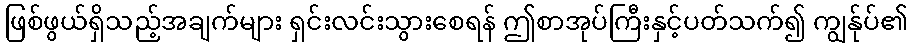
ဖြစ်ဖွယ်ရှိသည့်အချက်များ ရှင်းလင်းသွားစေရန် ဤစာအုပ်ကြီးနှင့်ပတ်သက်၍ ကျွန်ုပ်၏